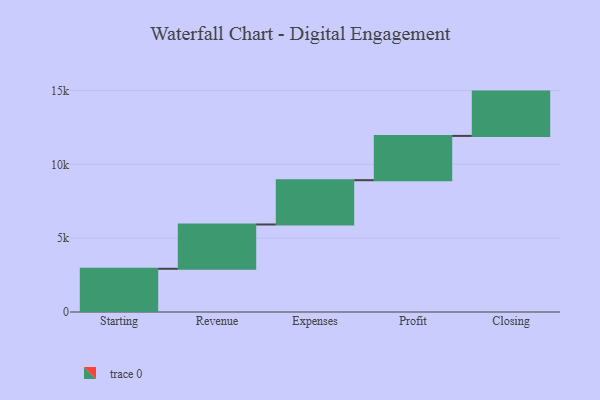
{"axis": {"x": "Step", "y": "Value"}, "legend": [""], "data": [{"x": "Starting", "y": 2927.0, "type": ""}, {"x": "Revenue", "y": 3000, "type": ""}, {"x": "Expenses", "y": 3000, "type": ""}, {"x": "Profit", "y": 3000, "type": ""}, {"x": "Closing", "y": 3000, "type": ""}]}